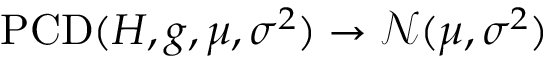
\operatorname { P C D } ( H , g , \mu , \sigma ^ { 2 } ) \to \mathcal N ( \mu , \sigma ^ { 2 } )